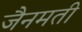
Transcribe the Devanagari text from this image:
जैनमती